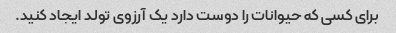
برای کسی که حیوانات را دوست دارد یک آرزوی تولد ایجاد کنید.